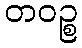
တဝဉ္စ